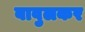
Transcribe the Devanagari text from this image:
बावुलकर